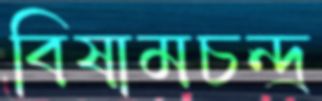
বিষামচন্দ্র